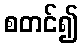
စတင်၍